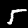
Label: 5